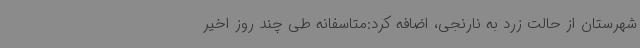
شهرستان از حالت زرد به نارنجی، اضافه کرد:متاسفانه طی چند روز اخیر